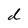
Character: d